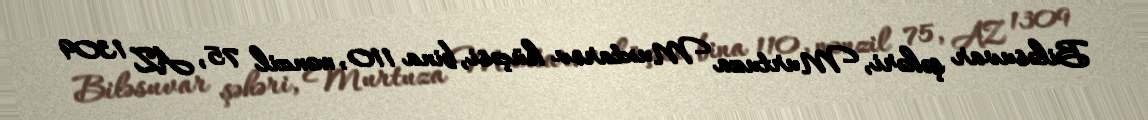
Biləsuvar şəhəri, Murtuza Muxtarov küçəsi, bina 110, mənzil 75, AZ 1309